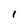
Character: l